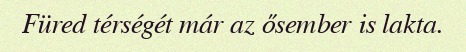
Füred térségét már az ősember is lakta.